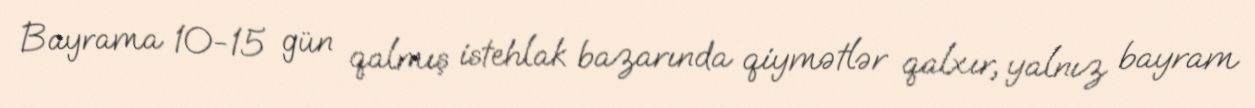
Bayrama 10-15 gün qalmış istehlak bazarında qiymətlər qalxır, yalnız bayram